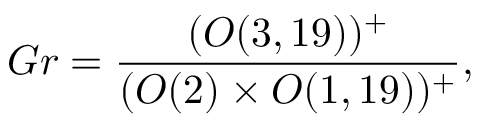
G r = \frac { ( O ( 3 , 1 9 ) ) ^ { + } } { ( O ( 2 ) \times O ( 1 , 1 9 ) ) ^ { + } } ,